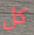
كل